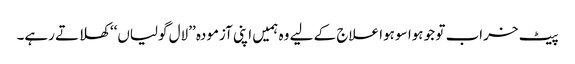
پیٹ خراب تو جو ہوا سو ہوا علاج کے لیے وہ ہمیں اپنی آزمودہ ’’لال گولیاں‘‘ کھلاتے رہے۔